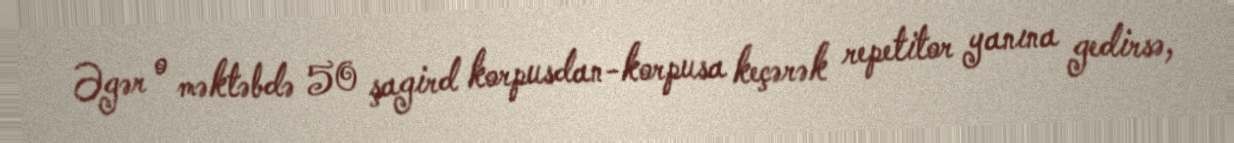
Əgər o məktəbdə 50 şagird korpusdan-korpusa keçərək repetitor yanına gedirsə,